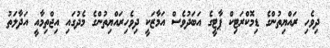
ދިވެހި ރައްޔިތުންގެ ޑިމޮކްރަޓިކް ޕާޓީގެ އަބަދުވެސް އަމާޒަކީ ދިވެހިރައްޔިތުންގެ މެދުގައި އިޖްތިމާއީ އަދާލަތު